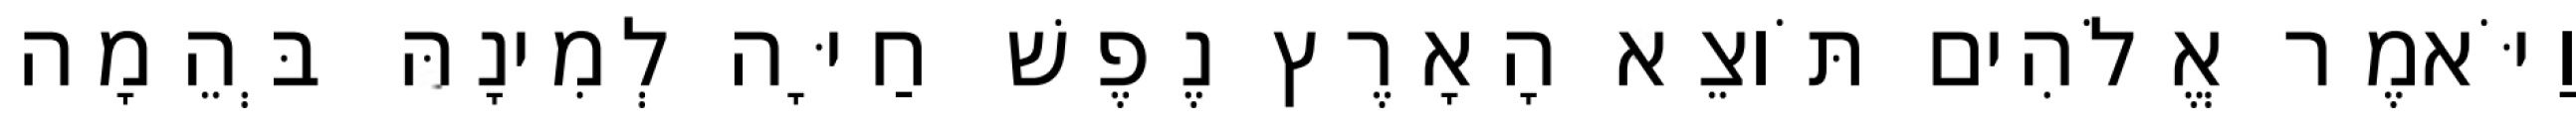
וַיֹּאמֶר אֱלֹהִים תֹּוצֵא הָאָרֶץ נֶפֶשׁ חַיָּה לְמִינָהּ בְּהֵמָה